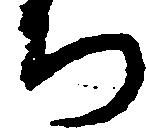
ち